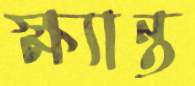
ক্ষ্যান্ত